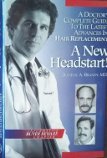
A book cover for A New Headstart! a Complete Guide to the Latest Breakthroughs in Hair Replacement; Dominic A. Brandy; Health, Fitness & Dieting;